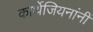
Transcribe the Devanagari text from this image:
कार्थेजियनांनीं